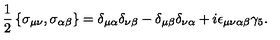
\frac { 1 } { 2 } \left\{ \sigma _ { \mu \nu } , \sigma _ { \alpha \beta } \right\} = \delta _ { \mu \alpha } \delta _ { \nu \beta } - \delta _ { \mu \beta } \delta _ { \nu \alpha } + i \epsilon _ { \mu \nu \alpha \beta } \gamma _ { 5 } .